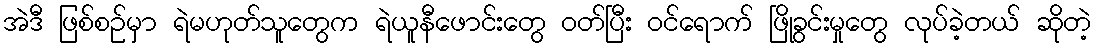
အဲဒီ ဖြစ်စဉ်မှာ ရဲမဟုတ်သူတွေက ရဲယူနီဖောင်းတွေ ဝတ်ပြီး ဝင်ရောက် ဖြိုခွင်းမှုတွေ လုပ်ခဲ့တယ် ဆိုတဲ့